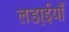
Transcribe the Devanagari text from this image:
लडा़ईयाँ